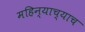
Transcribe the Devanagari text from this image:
महिन्याच्याच